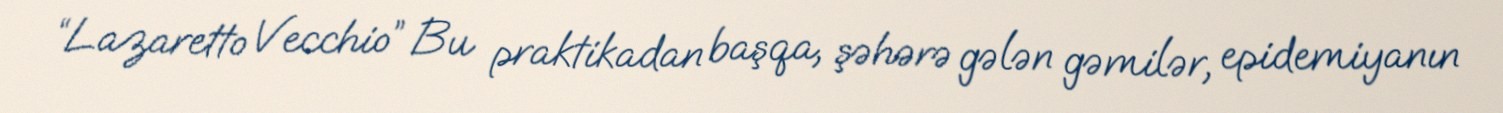
“Lazaretto Vecchio” Bu praktikadan başqa, şəhərə gələn gəmilər, epidemiyanın